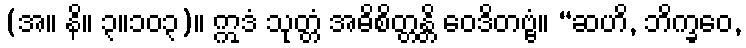
(အ။ နိ။ ၃။၁၀၃)။ ဣဒံ သုတ္တံ အဓိစိတ္တန္တိ ဝေဒိတဗ္ဗံ။ “ဆဟိ, ဘိက္ခဝေ,